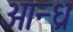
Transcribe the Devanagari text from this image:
आन्‍ध्र